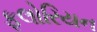
ફલોરિયન